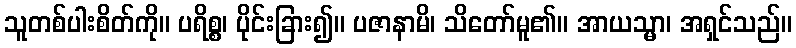
သူတစ်ပါးစိတ်ကို။ ပရိစ္စ၊ ပိုင်းခြား၍။ ပဇာနာမိ၊ သိတော်မူ၏။ အာယသ္မာ၊ အရှင်သည်။